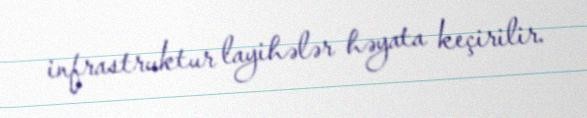
infrastruktur layihələr həyata keçirilir.